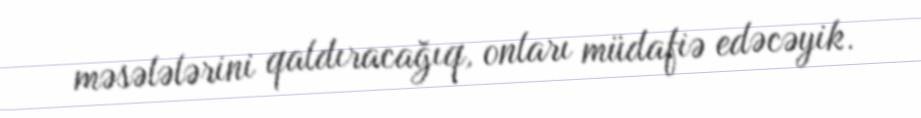
məsələlərini qaldıracağıq, onları müdafiə edəcəyik.